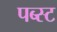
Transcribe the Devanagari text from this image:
पब्स्ट